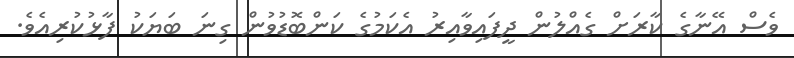
ވެސް އޭނާގެ ކާރަށް ގެއްލުން ދީފައިވާއިރު އެކަމުގެ ކަންބޮޑުވުން ގިނަ ބަޔަކު ފާޅުކުރިއެވެ.